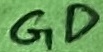
Text: GD